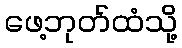
ဖေ့ဘုတ်ထံသို့